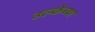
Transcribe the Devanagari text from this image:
उल्केच्या